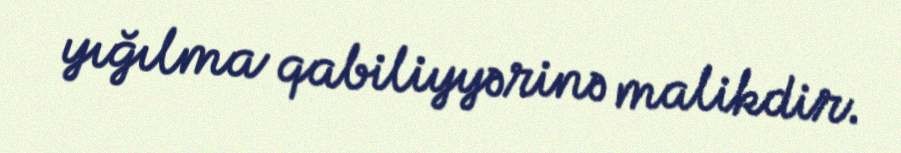
yığılma qabiliyyərinə malikdir.